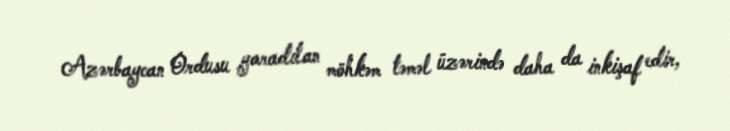
Azərbaycan Ordusu yaradılan möhkəm təməl üzərində daha da inkişaf edir,